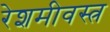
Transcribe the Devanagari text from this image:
रेशमीवस्त्र